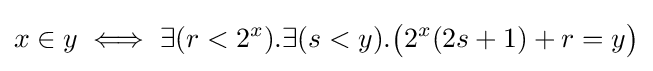
x\in y\iff \exists (r<2^{x}).\exists (s<y).{\big (}2^{x}(2s+1)+r=y{\big )}